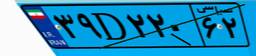
۴۲D۶۱۲۸۴